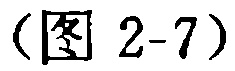
（图 2-7）